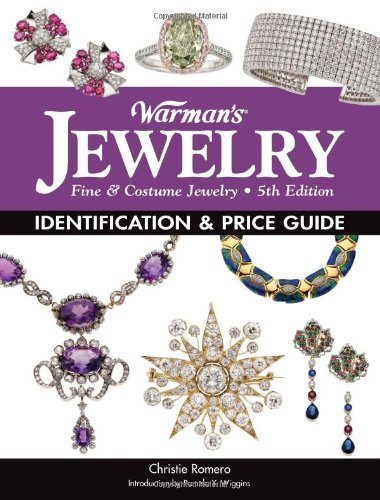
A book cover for Warman's Jewelry: Identification & Price Guide; Christie Romero; Reference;